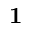
\bf { 1 }